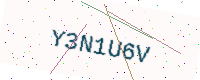
Text: Y3N1U6V